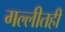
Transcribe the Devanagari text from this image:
गल्लीतही